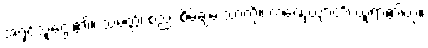
အရှင်သူဌေး၏။ သမ္ပတ္တိံ၊ စည်း စိမ်ချမ်းသာကို။ ကဏှေယျာတိ၊ ယူရာ၏ဟု။